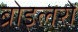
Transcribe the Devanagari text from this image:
ब्रोइलरों